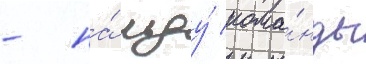
- на́ льду́ кома́нды